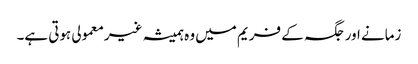
زمانے اورجگہ کے فریم میں وہ ہمیشہ غیرمعمولی ہوتی ہے۔